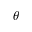
\theta